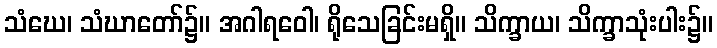
သံဃေ၊ သံဃာတော်၌။ အဂါရဝေါ၊ ရိုသေခြင်းမရှိ။ သိက္ခာယ၊ သိက္ခာသုံးပါး၌။